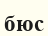
бюс